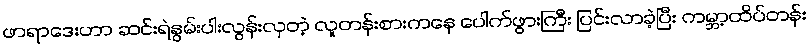
ဖာရာဒေးဟာ ဆင်းရဲနွမ်းပါးလွန်းလှတဲ့ လူတန်းစားကနေ ပေါက်ဖွားကြီး ပြင်းလာခဲ့ပြီး ကမ္ဘာ့ထိပ်တန်း